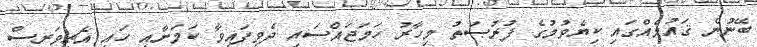
ބޭނުން ޤައުމެއްގައި ކިޔެވުމުގެ ފުރުޞަތު މިހާރު ހަމަޖައްސައި ދެވިފައިވާ ކަމަށާއި ހައި އެޗީވަރސް